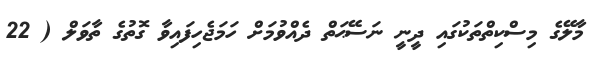
މާލޭގެ މިސްކިތްތަކުގައި ދީނީ ނަސޭޙަތް ދެއްވުމަށް ހަމަޖެހިފައިވާ ގޮތުގެ ތާވަލް ( 22